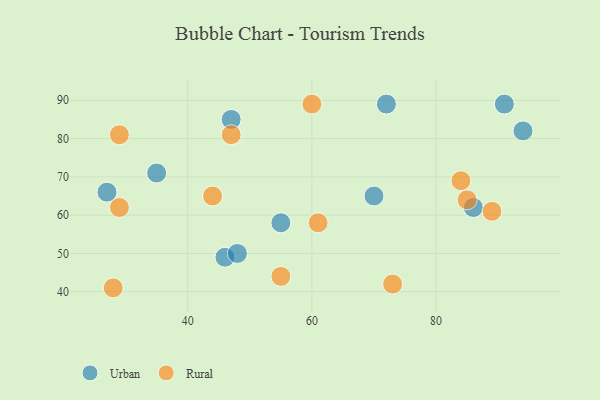
{"axis": {"x": "GDP", "y": "Life Expectancy"}, "legend": ["Rural", "Urban"], "data": [{"x": "35", "y": 71, "type": "Urban"}, {"x": "72", "y": 89, "type": "Urban"}, {"x": "46", "y": 49, "type": "Urban"}, {"x": "94", "y": 82, "type": "Urban"}, {"x": "27", "y": 66, "type": "Urban"}, {"x": "86", "y": 62, "type": "Urban"}, {"x": "91", "y": 89, "type": "Urban"}, {"x": "70", "y": 65, "type": "Urban"}, {"x": "55", "y": 58, "type": "Urban"}, {"x": "48", "y": 50, "type": "Urban"}, {"x": "47", "y": 85, "type": "Urban"}, {"x": "44", "y": 65, "type": "Rural"}, {"x": "28", "y": 41, "type": "Rural"}, {"x": "55", "y": 44, "type": "Rural"}, {"x": "60", "y": 89, "type": "Rural"}, {"x": "84", "y": 69, "type": "Rural"}, {"x": "29", "y": 81, "type": "Rural"}, {"x": "61", "y": 58, "type": "Rural"}, {"x": "89", "y": 61, "type": "Rural"}, {"x": "47", "y": 81, "type": "Rural"}, {"x": "85", "y": 64, "type": "Rural"}, {"x": "29", "y": 62, "type": "Rural"}, {"x": "73", "y": 42, "type": "Rural"}]}